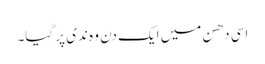
اسی دھن میں ایک دن وہ ندی پر گیا۔